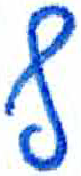
אות: ף